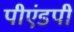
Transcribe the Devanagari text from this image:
पीएंडपी